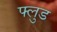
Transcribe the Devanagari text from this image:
फ्लुड